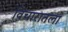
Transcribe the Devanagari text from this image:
विचारातला